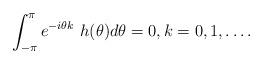
LaTeX: \begin{align*}\int_{-\pi}^{\pi} {e^{-i\theta k}\,\, {h}(\theta)} d\theta = 0,k = 0, 1,\dots. \end{align*}